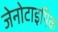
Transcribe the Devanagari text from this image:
जेनोटाइपिक